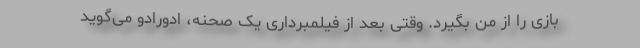
بازی را از من بگیرد. وقتی بعد از فیلمبرداری یک صحنه، ادورادو می‌گوید